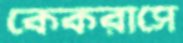
কেকরাসে